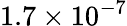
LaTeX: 1.7\times 10^{-7}